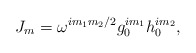
\begin{align*}J_m=\omega^{im_1m_2/2}g_0^{im_1}h_0^{im_2},\end{align*}